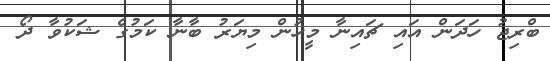
ބްރިޖު ހަދަން އައި ޗައިނާ މީހުން މިޔަރު ބާނާ ކަމުގެ ޝަކުވާ ދޯ